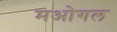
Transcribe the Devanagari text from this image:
मओगल